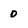
Character: 0